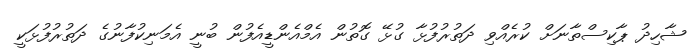
ޝާހިދު ޕާކިސްތާނަށް ކުރެއްވި ދަތުރުފުޅާ ގުޅޭ ގޮތުން އެމްއެންޑީއެފުން ބުނީ އެމަނިކުފާނުގެ ދަތުރުފުޅަކީ